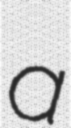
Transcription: a